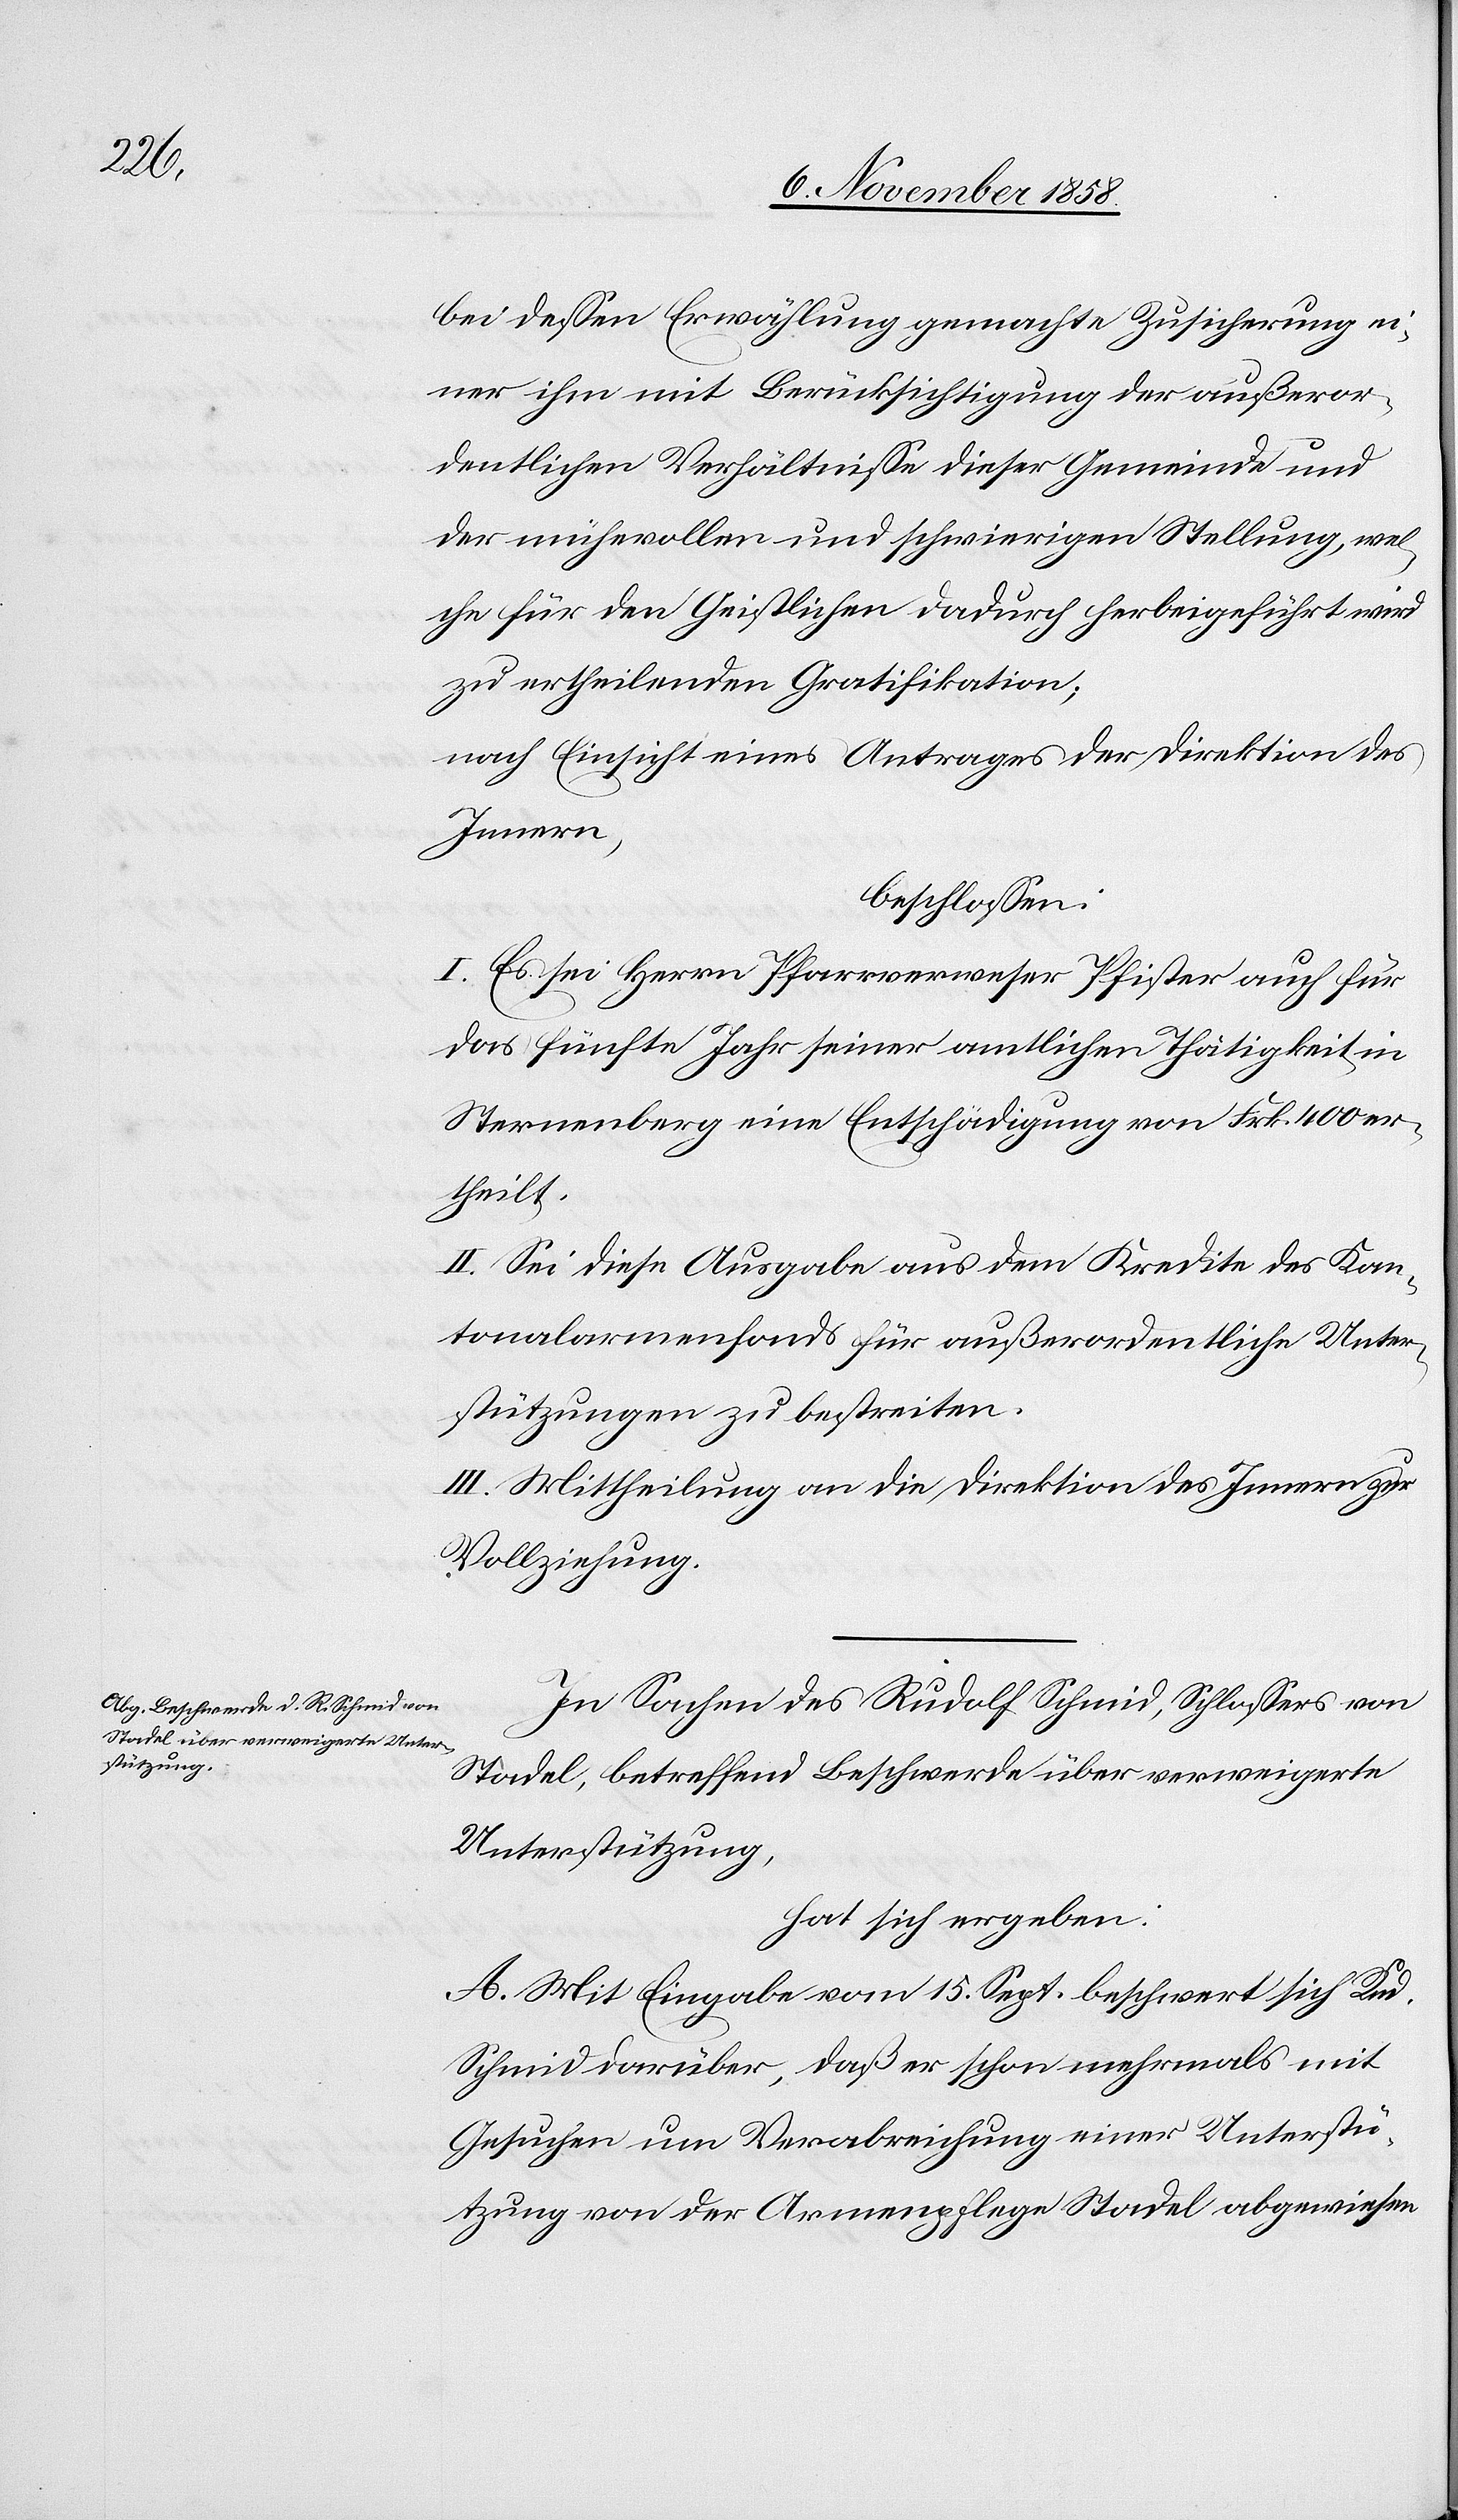
bei dessen Erwählung gemachte Zusicherung ei¬
ner ihm mit Berücksichtigung der außeror¬
dentlichen Verhältnisse dieser Gemeinde und
der mühevollen und schwierigen Stellung, wel¬
che für den Geistlichen dadurch herbeigeführt wird
zu ertheilenden Gratifikation;
nach Einsicht eines Antrages der Direktion des
Innern,
beschlossen:
I. Es sei Herrn Pfarrverweser Pfister auch für
das fünfte Jahr seiner amtlichen Thätigkeit in
Sternenberg eine Entschädigung von Frk. 400 er¬
theilt.
II. Sei diese Ausgabe aus dem Kredite des Kan¬
tonalarmenfonds für außerordentliche Unter¬
stützungen zu bestreiten.
III. Mittheilung an die Direktion des Innern zur
Vollziehung.
In Sachen des Rudolf Schmid, Schlossers von
Stadel, betreffend Beschwerde über verweigerte
Unterstützung,
hat sich ergeben:
A. Mit Eingabe vom 15. Sept. beschwert sich Rud.
Schmid darüber, daß er schon mehrmals mit
Gesuchen um Verabreichung einer Unterstü¬
tzung von der Armenpflege Stadel abgewiesen